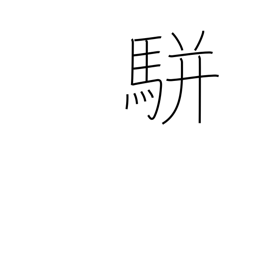
Meaning: two-horse carriage